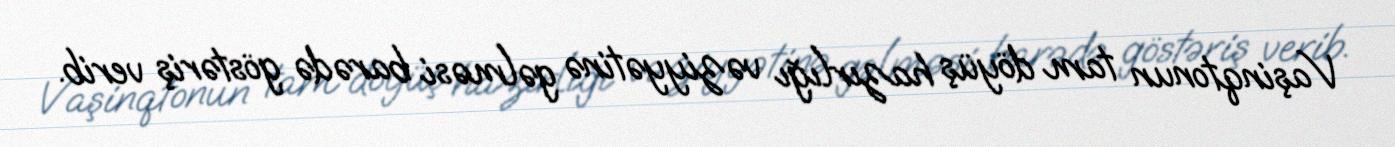
Vaşinqtonun tam döyüş hazırlığı vəziyyətinə gəlməsi barədə göstəriş verib.